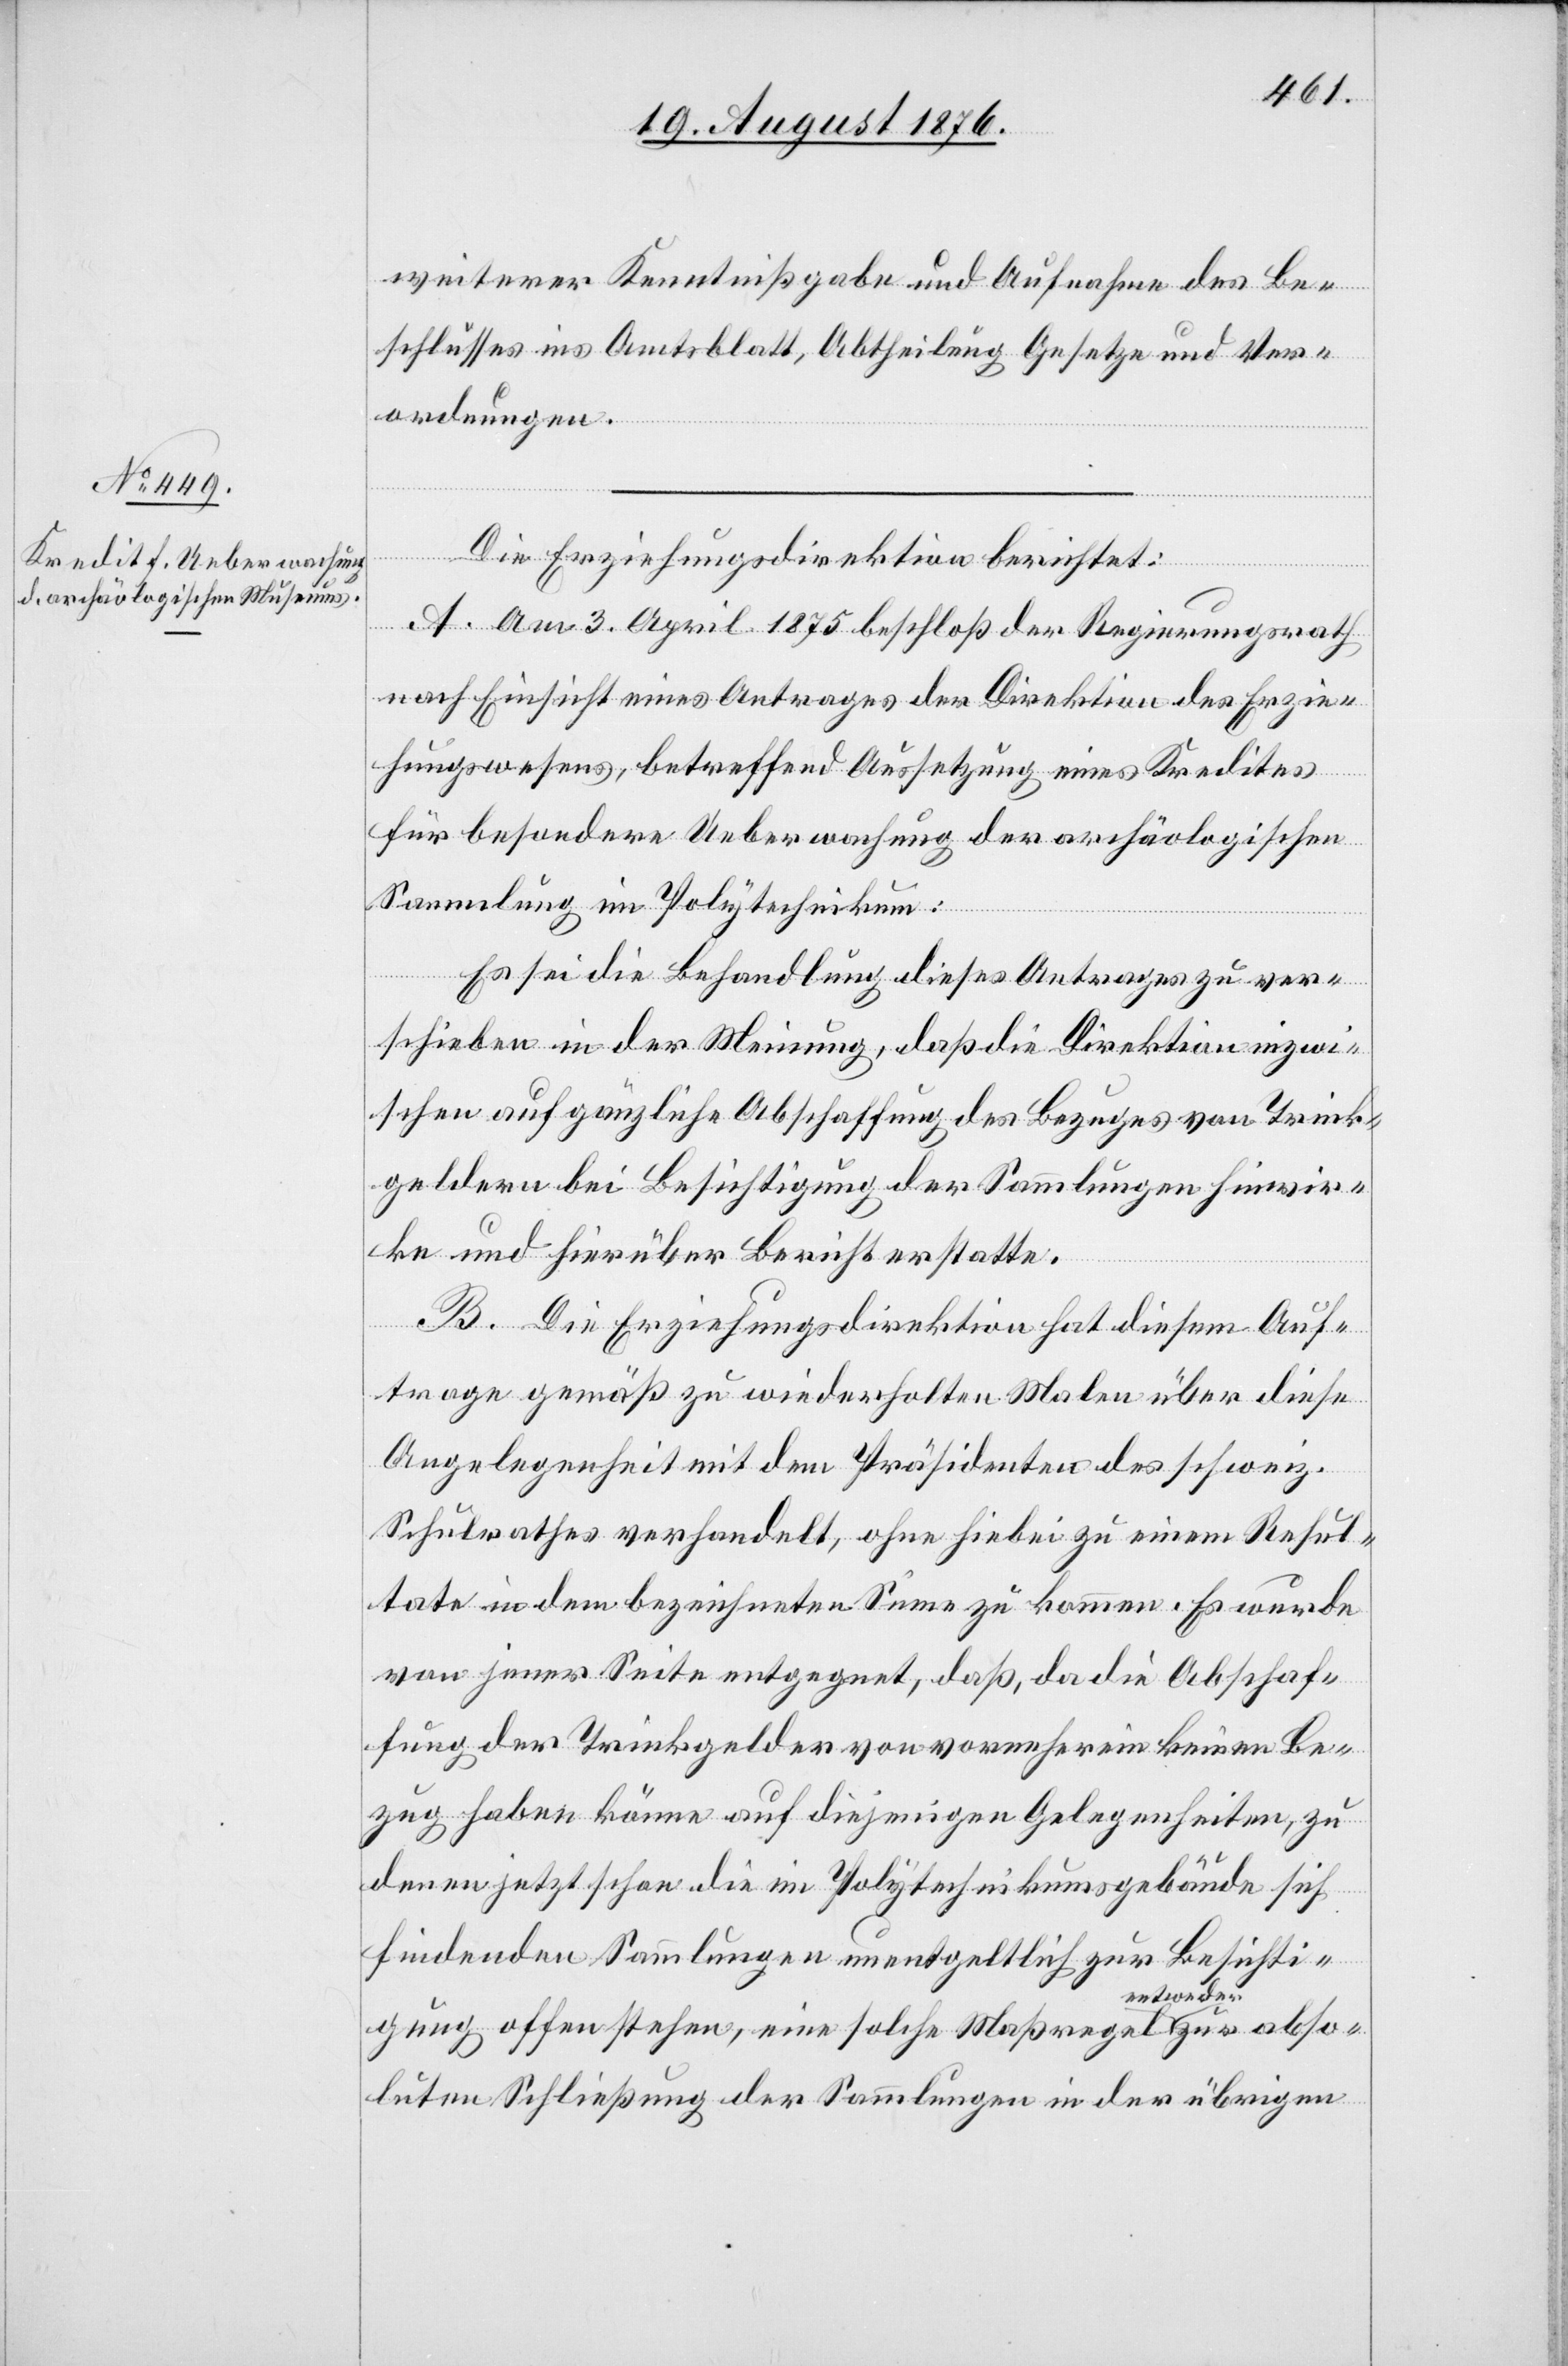
weiterer Kenntnißgabe und Aufnahme des Be¬
schlusses ins Amtsblatt, Abtheilung Gesetze und Ver¬
abso¬
ordnungen.
Die Erziehungsdirektion berichtet:
A. Am 3. April 1875 beschloß der Regierungsrath
nach Einsicht eines Antrages der Direktion des Erzie¬
hungswesens, betreffend Aussetzung eines Kredites
für besondere Ueberwachung der archäologischen
Sammlung im Polytechnikum:
Es sei die Behandlung dieses Antrages zu ver¬
schieben in der Meinung, daß die Direktion inzwi¬
schen auf gänzliche Abschaffung des Bezuges von Trink¬
geldern bei Besichtigung der Sammlungen hinwir¬
ke und hierüber Bericht erstatte.
B. Die Erziehungsdirektion hat diesem Auf¬
rage gemäß zu wiederholten Malen über diese
Angelegenheit mit dem Präsidenten des schweiz.
Schulrathes verhandelt, ohne hiebei zu einem Resul¬
tate in dem bezeichneten Sinne zu kommen. Es wurde
von jener Seite entgegnet, daß, da die Abschaf¬
fung der Trinkgelder von vornherein keinen Be¬
zug haben könne auf diejenige Gelegenheiten, zu
denen jetzt schon die im Polytechnikumsgebäude sich
findenden Sammlungen unentgeltlich zur Besichti¬
ntweder
gung offenstehen, eine solche Maßregel a e¬
luten Schließung der Sammlungen in der übrigen